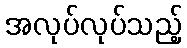
အလုပ်လုပ်သည့်